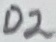
Text: D2